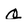
Character: Q